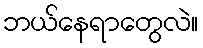
ဘယ်နေရာတွေလဲ။